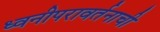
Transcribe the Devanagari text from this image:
ध्वनीपरावर्तनाची